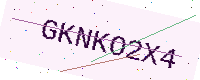
Text: GKNKO2X4